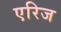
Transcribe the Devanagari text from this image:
एरिज